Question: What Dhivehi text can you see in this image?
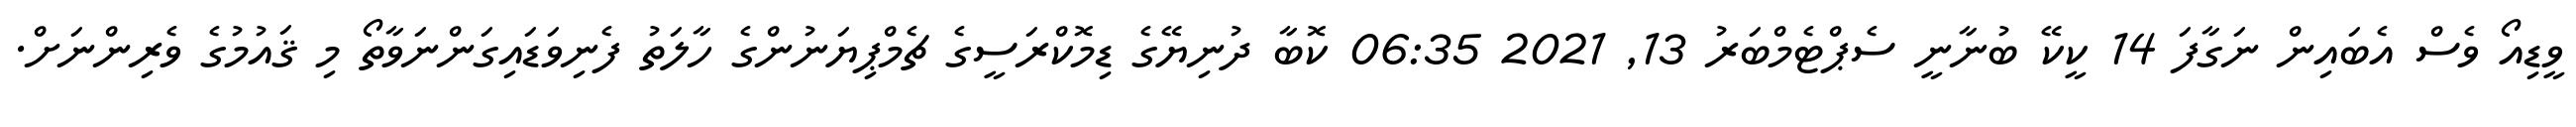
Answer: ވީޑިއޯ ވެސް އެބައިން ނަގާފަ 14 ކީކޭ ބުނާނީ ސެޕްޓެމްބަރު 13, 2021 06:35 ކޮބާ ދުނިޔޭގެ ޑިމޮކްރަސީގެ ޗެމްޕިޔަނުންގެ ހާލަތު ފެނިވަޑައިގަންނަވާތޯ މި ޤައުމުގެ ވެރިންނަށް.